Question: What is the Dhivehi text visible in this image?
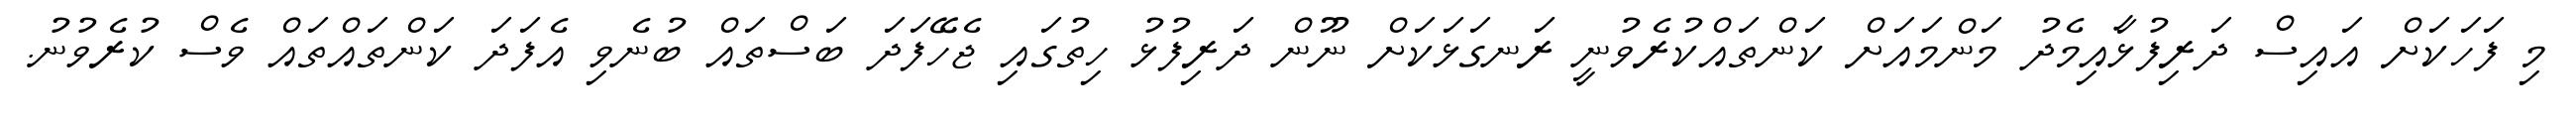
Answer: މި ފަހަކަށް އައިސް ދަރިފުޅާއިމެދު މަންމައަށް ކަންތައްކުރެވުނީ ރަނގަޅަކަށް ނޫން ދަރިފުޅު ހިތުގައި ޖެހޭފަދަ ބަސްތައް ބުނެވި އެފަދަ ކަންތައްތައް ވެސް ކުރެވުނު.